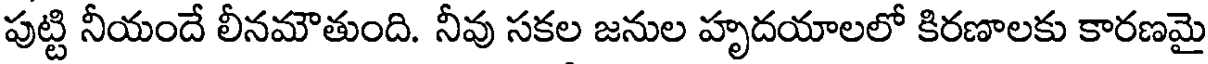
పుట్టి నీయందే లీనమౌతుంది. నీవు సకల జనుల హృదయాలలో కిరణాలకు కారణమై